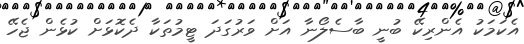
އެކަމަކު އެންރިކޭ ބުނީ ބާސެލޯނާ އަށް ވަރުގަދަ ޓީމުތަކާ ދެކޮޅަށް ކުޅެން ޖެހޭ